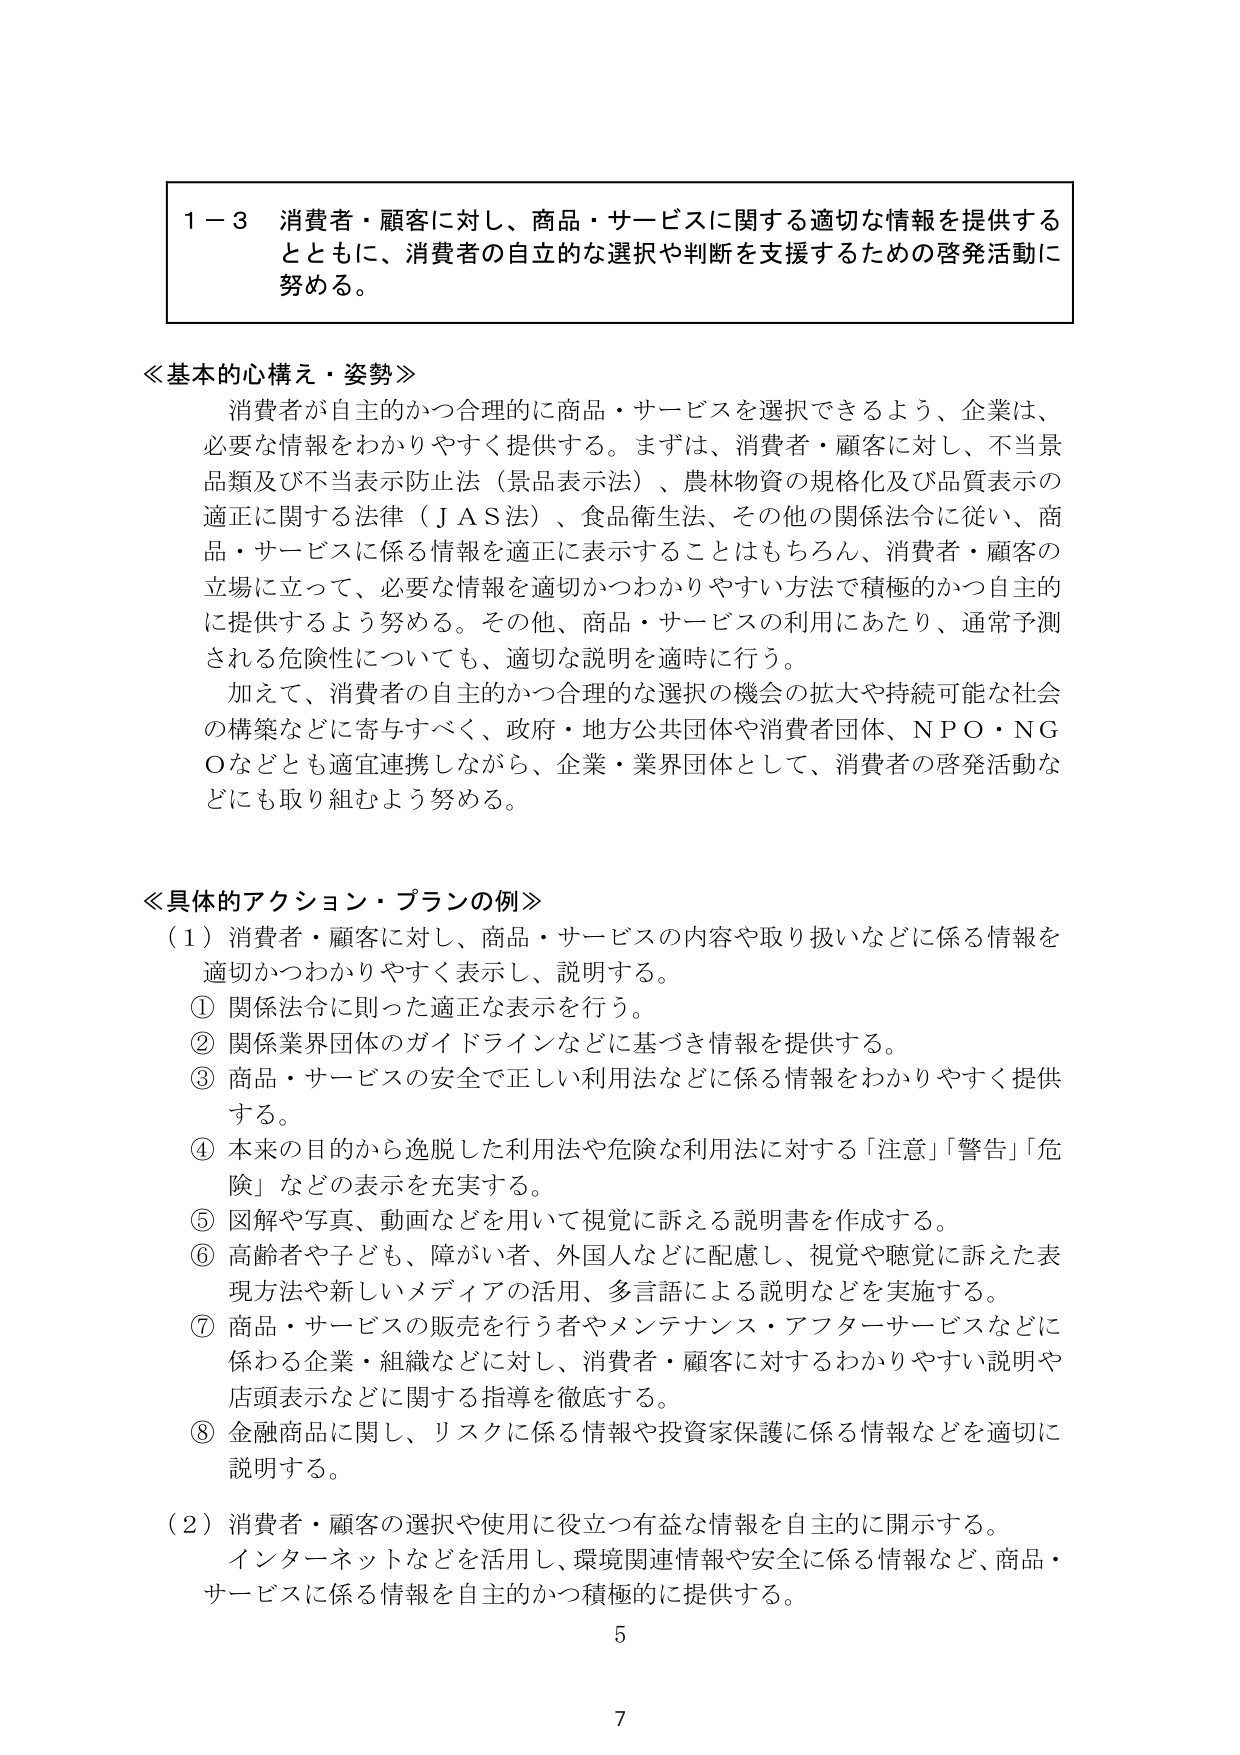
１－３ 消費者・顧客に対し、商品・サービスに関する適切な情報を提供するとともに、消費者の自立的な選択や判断を支援するための啓発活動に努める。

≪基本的心構え・姿勢≫
消費者が自主的かつ合理的に商品・サービスを選択できるよう、企業は、必要な情報をわかりやすく提供する。まずは、消費者・顧客に対し、不当景品類及び不当表示防止法（景品表示法）、農林物資の規格化及び品質表示の適正に関する法律（ＪＡＳ法）、食品衛生法、その他の関係法令に従い、商品・サービスに係る情報を適正に表示することはもちろん、消費者・顧客の立場に立って、必要な情報を適切かつわかりやすい方法で積極的かつ自主的に提供するよう努める。その他、商品・サービスの利用にあたり、通常予測される危険性についても、適切な説明を適時に行う。
加えて、消費者の自主的かつ合理的な選択の機会の拡大や持続可能な社会の構築などに寄与すべく、政府・地方公共団体や消費者団体、ＮＰＯ・ＮＧＯなどとも適宜連携しながら、企業・業界団体として、消費者の啓発活動などにも取り組むよう努める。

≪具体的アクション・プランの例≫
（１）消費者・顧客に対し、商品・サービスの内容や取り扱いなどに係る情報を適切かつわかりやすく表示し、説明する。
① 関係法令に則った適正な表示を行う。
② 関係業界団体のガイドラインなどに基づき情報を提供する。
③ 商品・サービスの安全で正しい利用法などに係る情報をわかりやすく提供する。
④ 本来の目的から逸脱した利用法や危険な利用法に対する「注意」「警告」「危険」などの表示を充実する。
⑤ 図解や写真、動画などを用いて視覚に訴える説明書を作成する。
⑥ 高齢者や子ども、障がい者、外国人などに配慮し、視覚や聴覚に訴えた表現方法や新しいメディアの活用、多言語による説明などを実施する。
⑦ 商品・サービスの販売を行う者やメンテナンス・アフターサービスなどに係わる企業・組織などに対し、消費者・顧客に対するわかりやすい説明や店頭表示などに関する指導を徹底する。
⑧ 金融商品に関し、リスクに係る情報や投資家保護に係る情報などを適切に説明する。
（２）消費者・顧客の選択や使用に役立つ有益な情報を自主的に開示する。
インターネットなどを活用し、環境関連情報や安全に係る情報など、商品・サービスに係る情報を自主的かつ積極的に提供する。

5
7